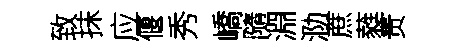
致抹应偃秀嶠隨淵泐蔗蕤贵